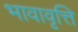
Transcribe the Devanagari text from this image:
भावावृत्ति